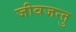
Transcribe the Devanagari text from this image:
जीवजन्तु